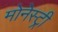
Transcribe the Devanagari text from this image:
मोनेस्‍ट्री